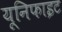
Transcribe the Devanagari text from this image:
यूनिफाइट